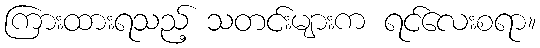
ကြားထားရသည့် သတင်းများက ရင်လေးစရာ။